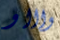
واااو